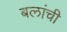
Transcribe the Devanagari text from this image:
बलांची